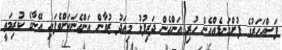
ފަސްއަހަރުގެ ފުށްގަނޑެއްހެން ހުރި އަންހެން ދަރިފުޅު މިއަދު ޒުވާން އަންހެނަކަށްވެފައި އޭނާގެ ކުރިމަތީ